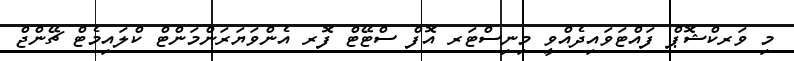
މި ވަރކްޝޮޕް ފައްޓަވައިދެއްވީ މިނިސްޓަރ އޮފް ސްޓޭޓް ފޮރ އެންވަޔަރަންމަންޓް ކްލައިމެޓް ޗޭންޖް